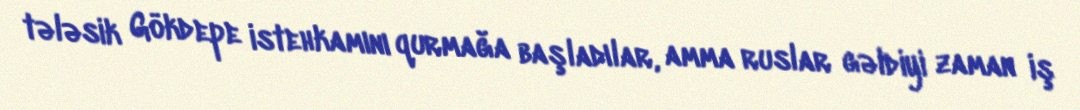
tələsik Gökdepe istehkamını qurmağa başladılar, amma ruslar gəldiyi zaman iş